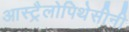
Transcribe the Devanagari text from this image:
आस्ट्रैलोपिथेसीनी